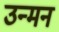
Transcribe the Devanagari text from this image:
उन्मन